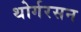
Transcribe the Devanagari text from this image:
थोर्गरसन